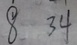
8 3 4